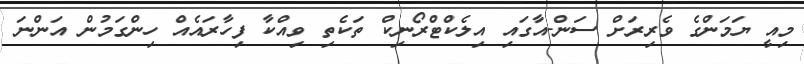
މިއީ ޔަމަންގެ ވެރިރަށް ސަން-އާގައި އިލެކްޓްރޯނިކް ތަކެތި ވިއްކާ ފިހާރައެއް ހިންގަމުން އަންނަ